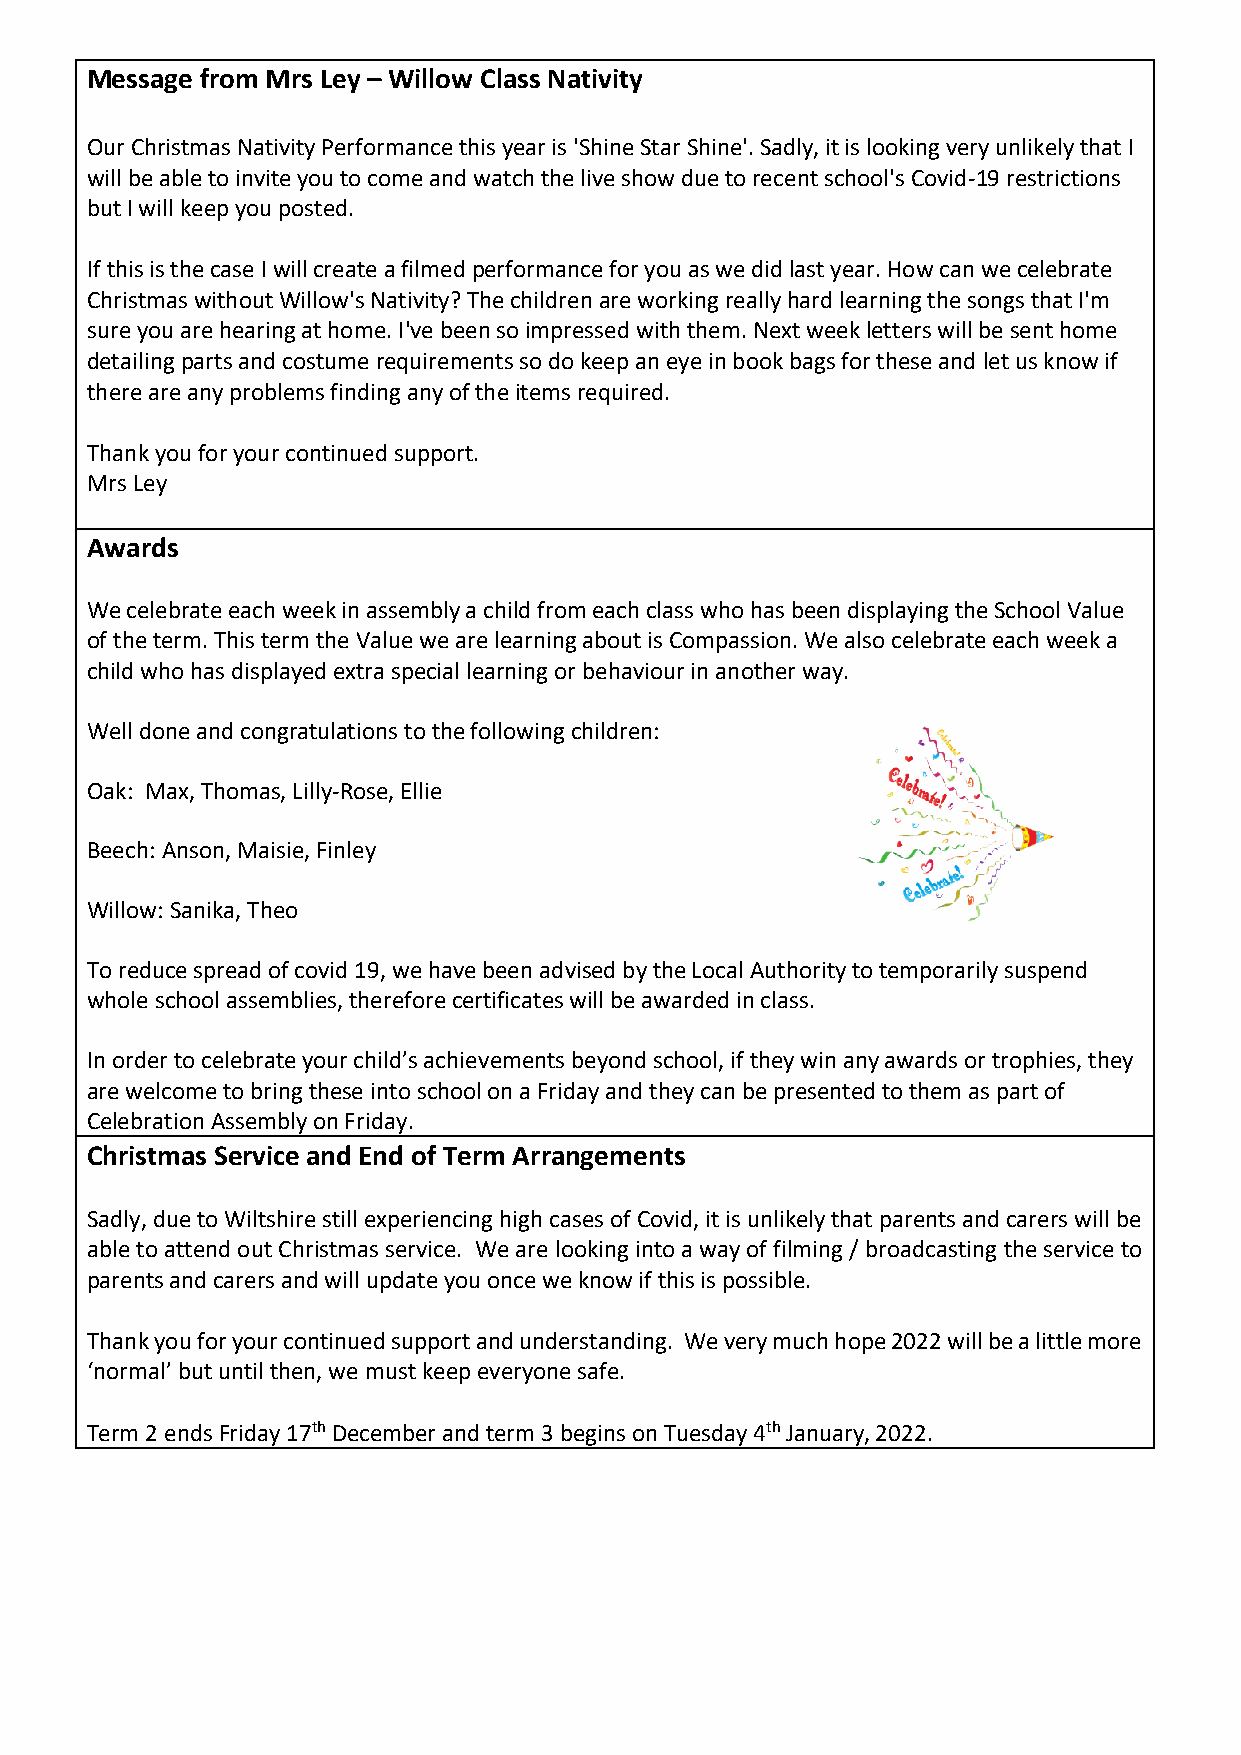
Message from Mrs Ley – Willow Class Nativity
 Our Christmas Nativity Performance this year is 'Shine Star Shine'. Sadly, it is looking very unlikely that I
 will be able to invite you to come and watch the live show due to recent school's Covid-19 restrictions
 but I will keep you posted.
 If this is the case I will create a filmed performance for you as we did last year. How can we celebrate
 Christmas without Willow's Nativity? The children are working really hard learning the songs that I'm
 sure you are hearing at home. I've been so impressed with them. Next week letters will be sent home
 detailing parts and costume requirements so do keep an eye in book bags for these and let us know if
 there are any problems finding any of the items required.
 Thank you for your continued support.
 Mrs Ley
 Awards
 We celebrate each week in assembly a child from each class who has been displaying the School Value
 of the term. This term the Value we are learning about is Compassion. We also celebrate each week a
 child who has displayed extra special learning or behaviour in another way.
 Well done and congratulations to the following children:
 Oak: Max, Thomas, Lilly-Rose, Ellie
 Beech: Anson, Maisie, Finley
 Willow: Sanika, Theo
 To reduce spread of covid 19, we have been advised by the Local Authority to temporarily suspend
 whole school assemblies, therefore certificates will be awarded in class.
 In order to celebrate your child’s achievements beyond school, if they win any awards or trophies, they
 are welcome to bring these into school on a Friday and they can be presented to them as part of
 Celebration Assembly on Friday.
 Christmas Service and End of Term Arrangements
 Sadly, due to Wiltshire still experiencing high cases of Covid, it is unlikely that parents and carers will be
 able to attend out Christmas service. We are looking into a way of filming / broadcasting the service to
 parents and carers and will update you once we know if this is possible.
 Thank you for your continued support and understanding. We very much hope 2022 will be a little more
 ‘normal’ but until then, we must keep everyone safe.
 Term 2 ends Friday 17th December and term 3 begins on Tuesday 4th January, 2022.